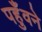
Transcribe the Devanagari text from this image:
पहुँवने